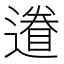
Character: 𨖩